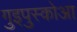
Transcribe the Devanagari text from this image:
गुइपुस्कोआ